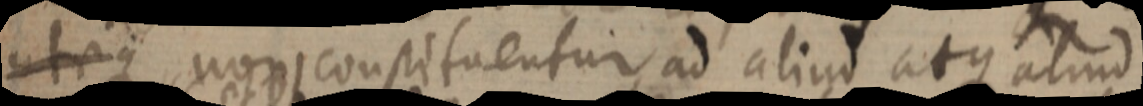
utrique non consituentur ad aliud atque aliud